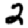
Digit: 2